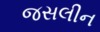
જસલીન